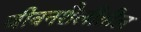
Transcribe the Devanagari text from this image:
जीवनशैलीतील